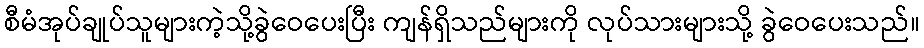
စီမံအုပ်ချုပ်သူများကဲ့သို့ခွဲဝေပေးပြီး ကျန်ရှိသည်များကို လုပ်သားများသို့ ခွဲဝေပေးသည်။